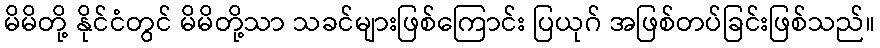
မိမိတို့ နိုင်ငံတွင် မိမိတို့သာ သခင်များဖြစ်ကြောင်း ပြယုဂ် အဖြစ်တပ်ခြင်းဖြစ်သည်။